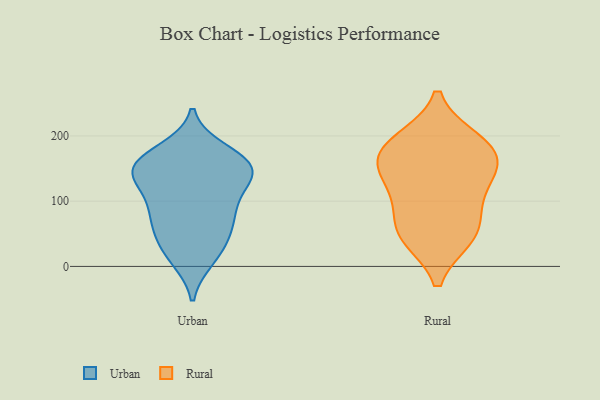
{"axis": {"x": "Bounce Rate (%)", "y": "Value"}, "legend": ["Rural", "Urban"], "data": [{"x": "", "y": 83, "type": "Urban"}, {"x": "", "y": 38, "type": "Urban"}, {"x": "", "y": 172, "type": "Urban"}, {"x": "", "y": 12, "type": "Urban"}, {"x": "", "y": 157, "type": "Urban"}, {"x": "", "y": 131, "type": "Urban"}, {"x": "", "y": 151, "type": "Urban"}, {"x": "", "y": 178, "type": "Urban"}, {"x": "", "y": 151, "type": "Urban"}, {"x": "", "y": 144, "type": "Urban"}, {"x": "", "y": 145, "type": "Urban"}, {"x": "", "y": 117, "type": "Urban"}, {"x": "", "y": 11, "type": "Urban"}, {"x": "", "y": 86, "type": "Urban"}, {"x": "", "y": 164, "type": "Urban"}, {"x": "", "y": 76, "type": "Urban"}, {"x": "", "y": 40, "type": "Urban"}, {"x": "", "y": 85, "type": "Urban"}, {"x": "", "y": 133, "type": "Urban"}, {"x": "", "y": 53, "type": "Urban"}, {"x": "", "y": 183, "type": "Rural"}, {"x": "", "y": 111, "type": "Rural"}, {"x": "", "y": 95, "type": "Rural"}, {"x": "", "y": 147, "type": "Rural"}, {"x": "", "y": 151, "type": "Rural"}, {"x": "", "y": 156, "type": "Rural"}, {"x": "", "y": 51, "type": "Rural"}, {"x": "", "y": 45, "type": "Rural"}, {"x": "", "y": 49, "type": "Rural"}, {"x": "", "y": 187, "type": "Rural"}, {"x": "", "y": 193, "type": "Rural"}]}